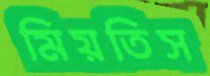
মিয়তিস